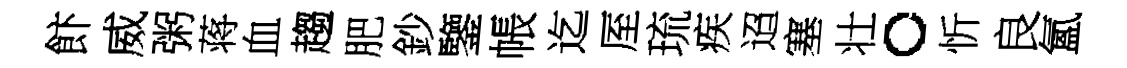
飰威粥蒋血趨肥鈔鑒帳迄厔琉疾迢塞壮。忻良氳